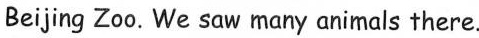
Beijing Zoo. We saw many animals there.